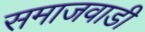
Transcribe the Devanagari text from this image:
समाजवाडी